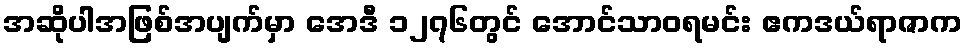
အဆိုပါအဖြစ်အပျက်မှာ အေဒီ ၁၂၇၆တွင် အောင်သာဝရမင်း ဧကဒယ်ရာဇာက